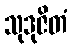
သုဒုဇိတံ